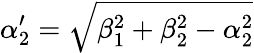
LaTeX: \alpha_{2}^{\prime}=\sqrt{\beta_{1}^{2}+\beta_{2}^{2}-\alpha_{2}^{2}}